Annual administration and progress report of the Indian Medical Department, Bombay
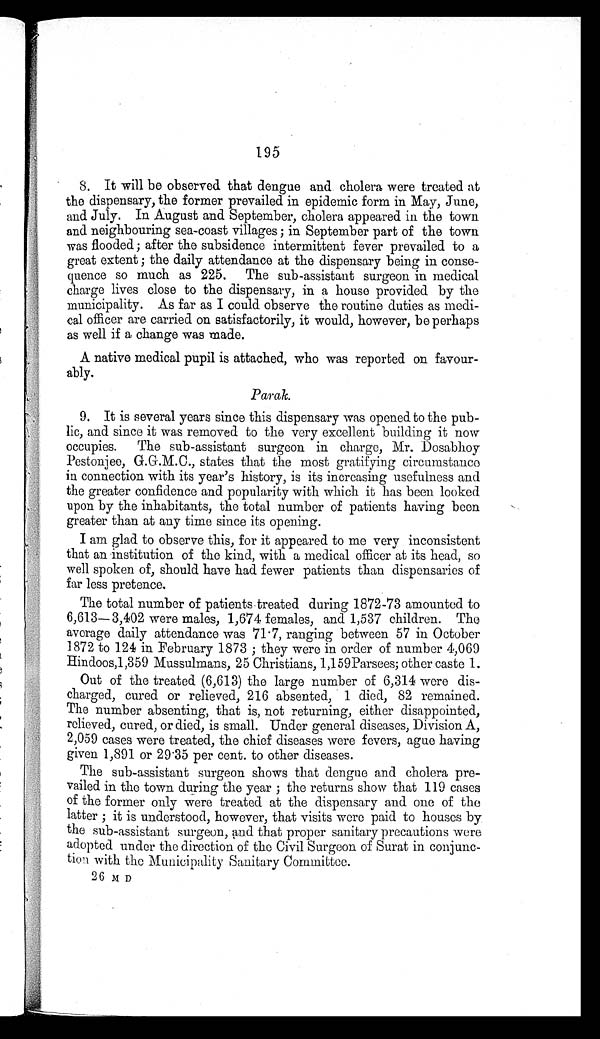
1 9 5
8. It will be observed that dengue and cholera were treated at
the dispensary, the former prevailed in epidemic form in May, June,
and July. In August and September, cholera appeared in the town
and neighbouring sea-coast villages; in September part of the town
was flooded; after the subsidence intermittent fever prevailed to a
great extent; the daily attendance at the dispensary being in conse
- q u e n c e s o m u c h a s 2 2 5 . T h e s u b - a s s i s t a n t s u r g e o n i n m e d i c a l
charge lives close to the dispensary, in a house provided by the
municipality. As far as I could observe the routine duties as medi
- c a l o f f i c e r a r e c a r r i e d o n s a t i s f a c t o r i l y , i t w o u l d , h o w e v e r , b e p e r h a p s
as well if a change was made.
A native medical pupil is attached, who was reported on favour
-ably.
Parak.
9. It is several years since this dispensary was opened to the pub
- l i c , a n d s i n c e i t w a s r e m o v e d t o t h e v e r y e x c e l l e n t b u i l d i n g i t n o w
occupies. The sub-assistant surgeon in charge, Mr. Dosabhoy
Pestonjee, G.G.M.C., states that the most gratifying circumstance
in connection with its year's history, is its increasing usefulness and
the greater confidence and popularity with which it has been looked
upon by the inhabitants, the total number of patients having been
greater than at any time since its opening.
I am glad to observe this, for it appeared to me very inconsistent
that an institution of the kind, with a medical officer at its head, so
well spoken of, should have had fewer patients than dispensaries of
far less pretence.
The total number of patients treated during 1872-73 amounted to
6,613—3,402 were males, 1,674 females, and 1,537 children. The
average daily attendance was 71.7, ranging between 57 in October
1872 to 124 in February 1873; they were in order of number 4,069
Hindoos, 1,359 Mussulmans, 25 Christians, 1,159 Parsees; other caste 1.
Out of the treated (6,613) the large number of 6,314 were dis
-charged, cured or relieved, 216 absented, 1 died, 82 remained.
The number absenting, that is, not returning, either disappointed,
relieved, cured, or died, is small. Under general diseases, Division A,
2,059 cases were treated, the chief diseases were fevers, ague having
given 1,891 or 29.35 per cent. to other diseases.
The sub-assistant surgeon shows that dengue and cholera pre
-vailed in the town during the year; the returns show that 119 cases
of the former only were treated at the dispensary and one of the
latter; it is understood, however, that visits were paid to houses by
the sub-assistant surgeon, and that proper sanitary precautions were
adopted under the direction of the Civil Surgeon of Surat in conjunc
-tion with the Municipality Sanitary Committee.
2 6 M D